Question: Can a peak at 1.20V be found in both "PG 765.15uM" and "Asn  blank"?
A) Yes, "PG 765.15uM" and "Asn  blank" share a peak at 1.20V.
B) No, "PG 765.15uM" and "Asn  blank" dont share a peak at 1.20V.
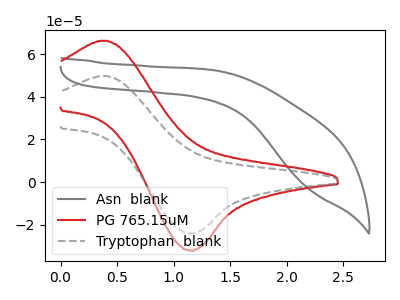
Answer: <think>The gray curve "Asn  blank" has no peaks. The red curve "PG 765.15uM" has an anodic peak at (0.35V, 66.25uA) and a cathodic peak at (1.15V, -32.00uA). The gray dashed curve "Tryptophan  blank" has an anodic peak at (0.35V, 49.70uA) and a cathodic peak at (1.15V, -24.00uA).</think>
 <answer>B) No, "PG 765.15uM" and "Asn  blank" dont share a peak at 1.20V.</answer>
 <eval>B</eval>